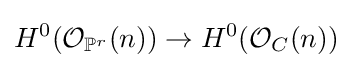
H^{0}({\mathcal {O}}_{\mathbb {P} ^{r}}(n))\rightarrow H^{0}({\mathcal {O}}_{C}(n))